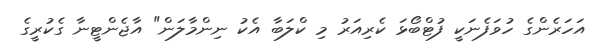
އަހަރެންގެ ހުވަފެނަކީ ފުޓްބޯޅަ ކެރިއަރު މި ކްލަބާ އެކު ނިންމާލަން" އާޖެންޓީނާ ގެކުރީގެ